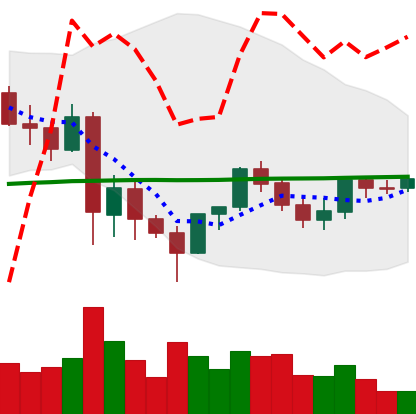
Ticker: LINK-USD
Chart end date: 2021-06-03
Forward return: -24.901%
Label: down_7plus